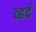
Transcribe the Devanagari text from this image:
व्हर्द